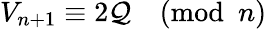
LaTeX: V_{n+1}\equiv2\mathcal{Q}{\pmod{n}}